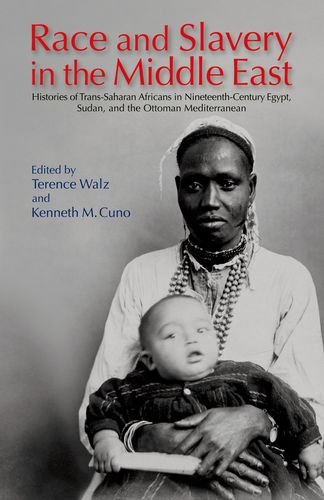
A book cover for Race and Slavery in the Middle East: Histories of Trans-Saharan Africans in 19th-Century Egypt, Sudan, and the Ottoman Mediterranean; History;